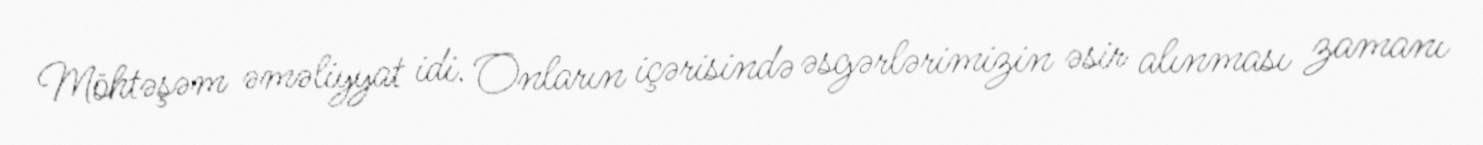
Möhtəşəm əməliyyat idi. Onların içərisində əsgərlərimizin əsir alınması zamanı